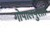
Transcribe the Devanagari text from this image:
गोपालपुरात